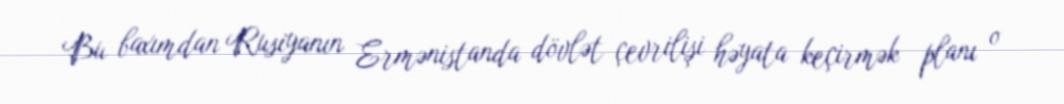
Bu baxımdan Rusiyanın Ermənistanda dövlət çevrilişi həyata keçirmək planı o